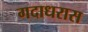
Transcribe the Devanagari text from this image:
गदाधरास